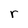
Character: r